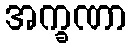
အက္ခဏာ